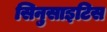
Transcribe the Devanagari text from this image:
सिनुसाइटिस